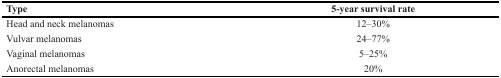
<table><thead><tr><td><b>Type</b></td><td><b>5-year survival rate</b></td></tr></thead><tbody><tr><td>Head and neck melanomas</td><td>12–30%</td></tr><tr><td>Vulvar melanomas</td><td>24–77%</td></tr><tr><td>Vaginal melanomas</td><td>5–25%</td></tr><tr><td>Anorectal melanomas</td><td>20%</td></tr></tbody></table>